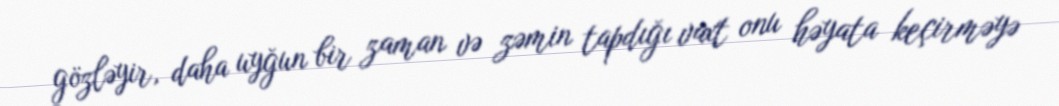
gözləyir, daha uyğun bir zaman və zəmin tapdığı vaxt onu həyata keçirməyə